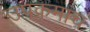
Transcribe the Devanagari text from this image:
उपक्रमांच